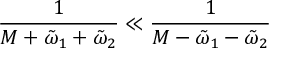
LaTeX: \frac { 1 } { M + \tilde { \omega } _ { 1 } + \tilde { \omega } _ { 2 } } \ll \frac { 1 } { M - \tilde { \omega } _ { 1 } - \tilde { \omega } _ { 2 } }